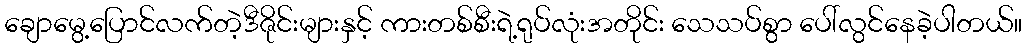
ချောမွေ့ပြောင်လက်တဲ့ဒီဇိုင်းများနှင့် ကားတစ်စီးရဲ့ရုပ်လုံးအတိုင်း သေသပ်စွာ ပေါ်လွင်နေခဲ့ပါတယ်။